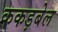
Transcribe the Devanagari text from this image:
ककड़बेल